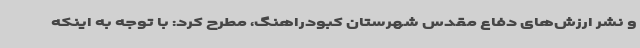
و نشر ارزش‌های دفاع مقدس شهرستان کبودراهنگ، مطرح کرد: با توجه به اینکه